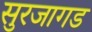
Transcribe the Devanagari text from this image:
सुरजागड